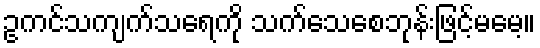
ဥကင်သကျက်သရေကို သက်သေစေဘုန်းဖြင့်မမေ့။